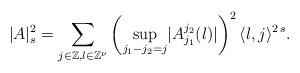
LaTeX: \begin{align*}\lvert A \rvert_s^2=\sum_{j\in \mathbb{Z}, l\in\mathbb{Z}^{\nu}} \left( \sup_{j_1-j_2=j} \lvert A_{j_1}^{j_2}(l)\rvert \right)^2\langle l, j \rangle^{2\,s}.\end{align*}